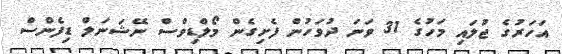
އަހަރުގެ ޖުލައި މަހުގެ 31 ވަނަ ދުވަހުން ފެށިގެން މޯލްޑިވްސް ނޭޝަނަލް ޑިފެންސް